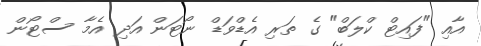
އާއި "ފައިޓް ކްލަބް" ގެ ތަރި އެޑްވަޑް ނޯޓަން އަދި އެމާ ސްޓޯން